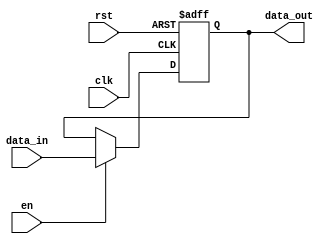
module PipelineBuffer #(
    parameter WIDTH = 8  // Parameter for width of the buffer
) (
    input wire clk,            // Clock input
    input wire rst,            // Reset input
    input wire en,             // Enable signal
    input wire [WIDTH-1:0] data_in, // Input data (WIDTH bits)
    output reg [WIDTH-1:0] data_out // Output data (WIDTH bits)
);

// Sequential logic block
always @(posedge clk or posedge rst) begin
    if (rst) begin
        // Reset the output to zero on reset
        data_out <= {WIDTH{1'b0}};
    end else if (en) begin
        // Load data into the pipeline buffer on enable
        data_out <= data_in;
    end
end

endmodule